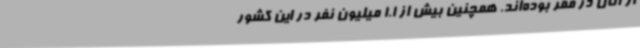
از آنان در فقر بوده‌اند. همچنین بیش از 1.1 میلیون نفر در این کشور